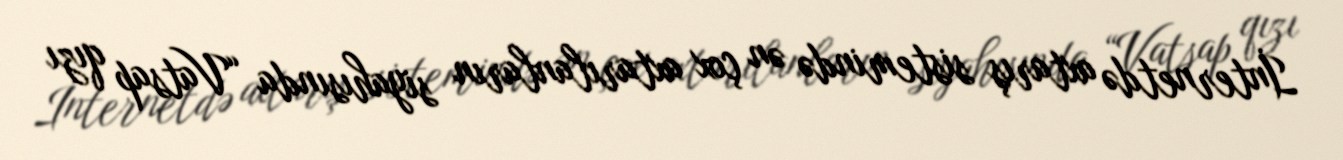
İnternetdə axtarış sistemində ən çox axtarılanların siyahısında “Vatsap qızı